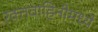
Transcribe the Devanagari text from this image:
रक्तवाहिनीमध्ये